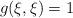
LaTeX: \begin{align*}g(\xi , \xi )=1\end{align*}